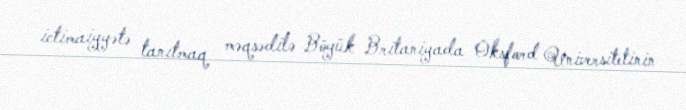
ictimaiyyətə tanıtmaq məqsədilə Böyük Britaniyada Oksford Universitetinin